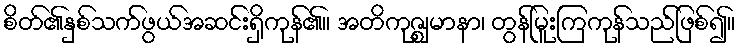
စိတ်၏နှစ်သက်ဖွယ်အဆင်းရှိကုန်၏။ အတိကုဇ္ဈမာနာ၊ တွန်မြူးကြကုန်သည်ဖြစ်၍။